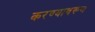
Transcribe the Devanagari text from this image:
करण्यावरूण